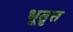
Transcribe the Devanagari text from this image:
भूतृत्त